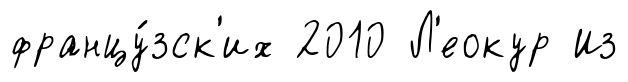
францу́зск'их 2010 Л'еокур Из